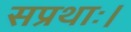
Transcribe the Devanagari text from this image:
सप्रथाः।